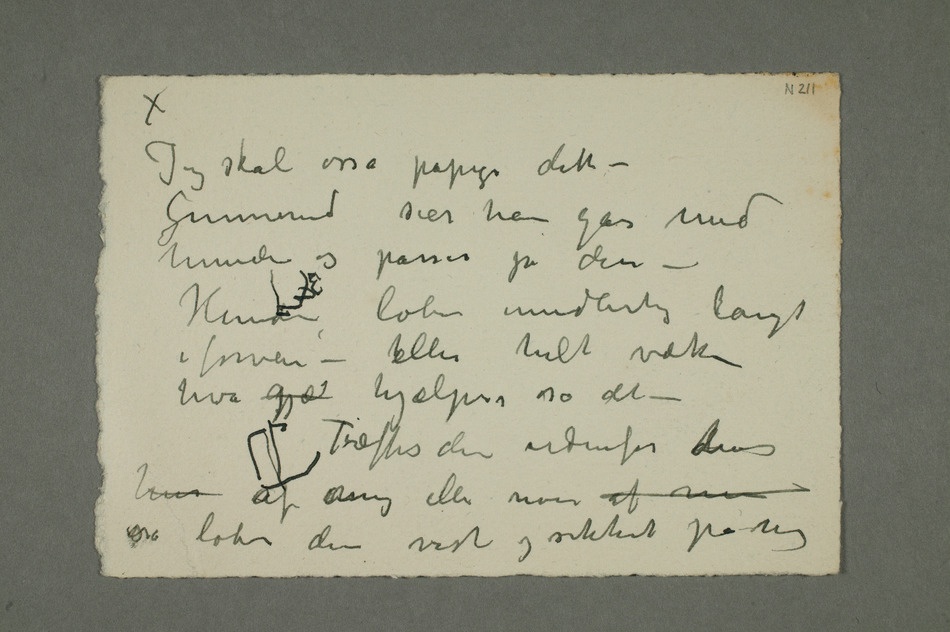
hvor længe skal dette hvedvare – hvormange